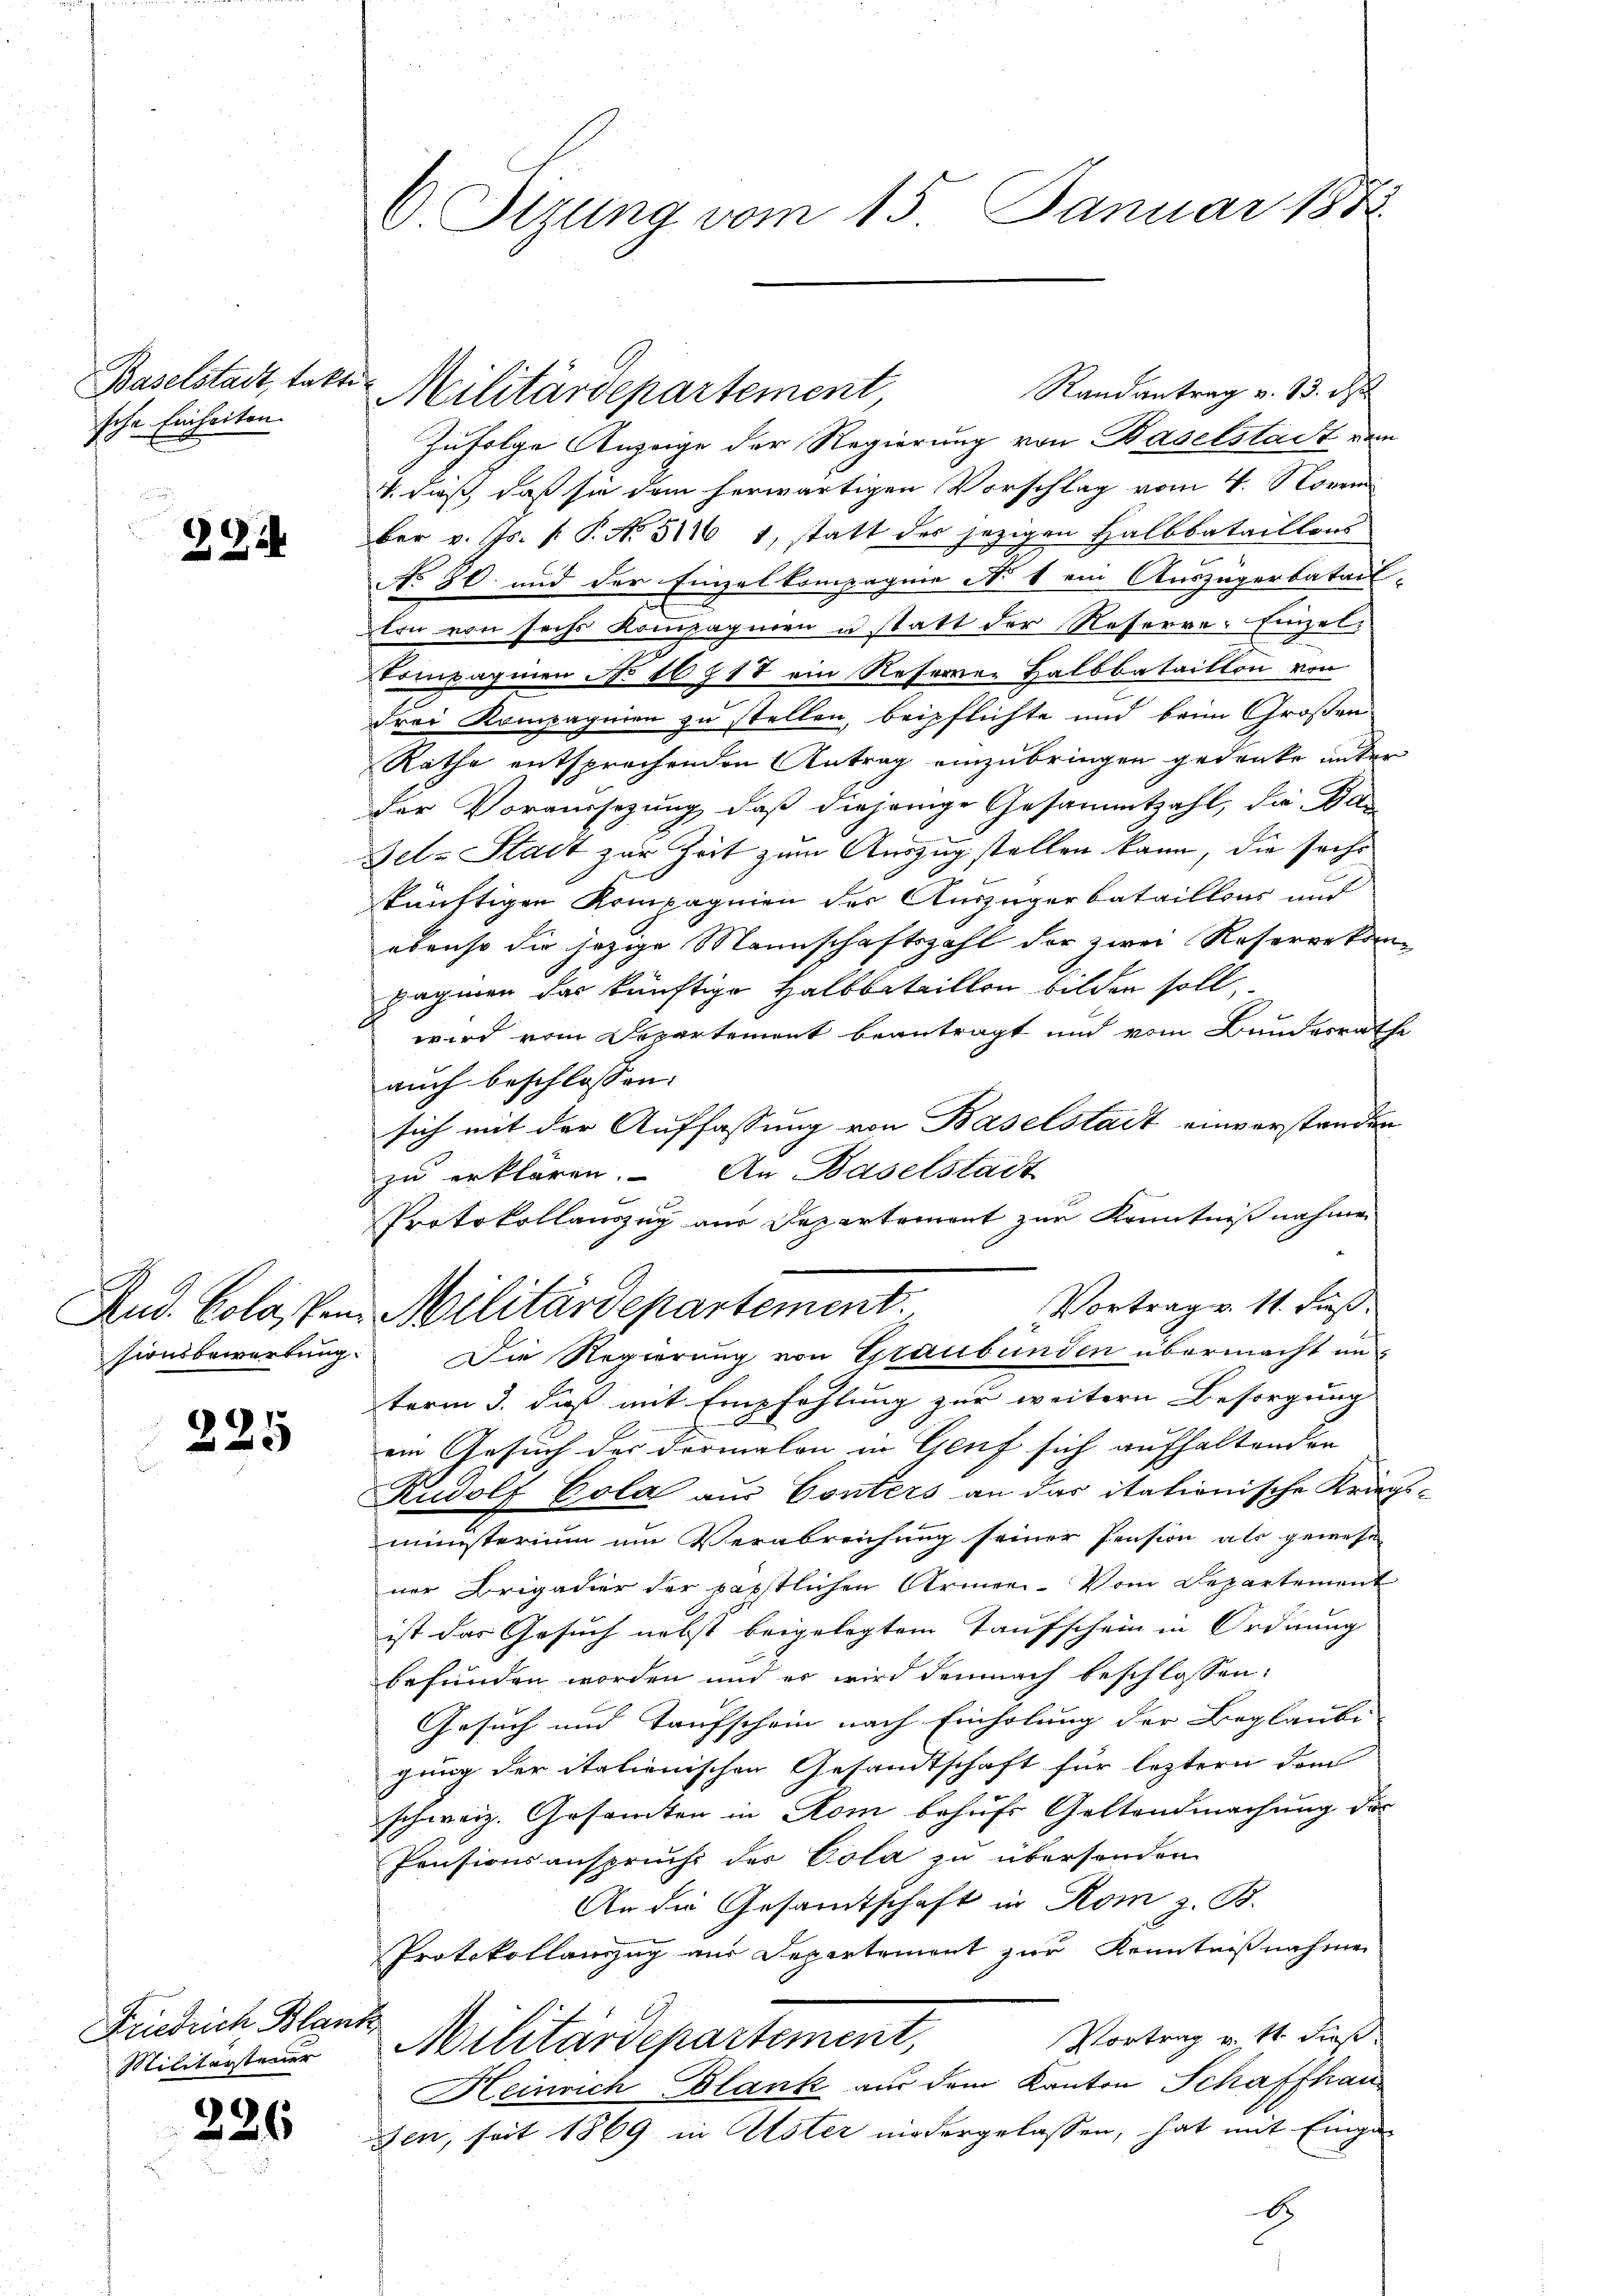
Baselstadt, takte
sche Einheiten.

224

Rud. Colassen.
sionsbewartung.

225

Friedrich Blans
Militarsteuer

226

6 Itzung vom 15. Januar 188

Randantrag v. 13. d
Zufolge Anzeige der Regierung von Baselstadt vom
V. daß, daß sie dem herwärtigen Vorschlag vom 4. November v. Js. f. P. No 514 1, statt des jezigen Halbbataillons
NNo 30. und der Einzel kompagnie No 1 ein Auszugerbatail-
ton von sechs Kompagnien u statt der Reserve-Einzel
Compagnen No 16 § 17 ein Referner Halbbataillon von
drei Kompagnien zu stellen, beipflichte und beim Großen
Rathe entsprechenden Antrag einzubringen gedanke unter
Der Voraussetzung, daß diejenige Gesammtzahl, die Ba
Jel. Stadt zur Zeit zum Auszug stellen kann, die sechs
künftigen Kompagnien der Auszugerbataillons und
ebenso die jezige Mannschaftszahl der zwei Reservekann
pagmen das künftige Halbbataillon bilden soll
wird vom Departement beantragt und vom Bundesrath
auch beschlossen:
sich mit der Auffassung von Baselstadt einverstanden
zu erklären. An Baselstadt
Protokollauszug aus Departement zur Kenntnißnahmen
Vortrag v. 11. Fuß.
Militärdepartement.
Die Regierung von Graubünden übermacht un
term 3. dieß mit Empfehlung zur weitern Besorgung
ein Gesuch der Formalen in Genf sich aufhaltenden
Rudolf Cola aus Gonters an das itationische Krieg
ministerium um Verabreichung seiner Pension als gewese
ner Brigadier der päpstlichen Armee-Vom Departement
ist das Gesuch nebst beigelegtem Taufschein in Ordnung
befunden worden und er wird demnach beschlossen:
Gesuch und Taufschein nach Einholung der Beglaube
gung der italienischen Gesandtschaft für letztern dem
schweiz. Gesamten in Rom behufs Geltendmachung des
Pensionsanspruch der Pola zu übersenden
An die Gesamtschaft in Rom z. B.
Protokollauszug aus Departement zur Kenntnißnahme
Vortrag v. St. Fros
Militärdepartement,
Heinrich Blank aus dem Kanton Schaffhauden, seit 1869 in Uster niedergelassen, hat mit Einge-
E

Militärdepartement